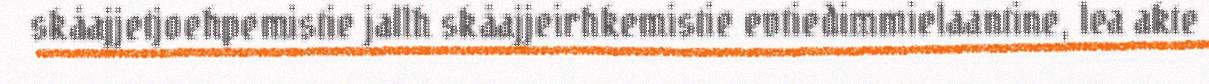
skåajjetjoehpemistie jallh skåajjeirhkemistie evtiedimmielaantine, lea akte